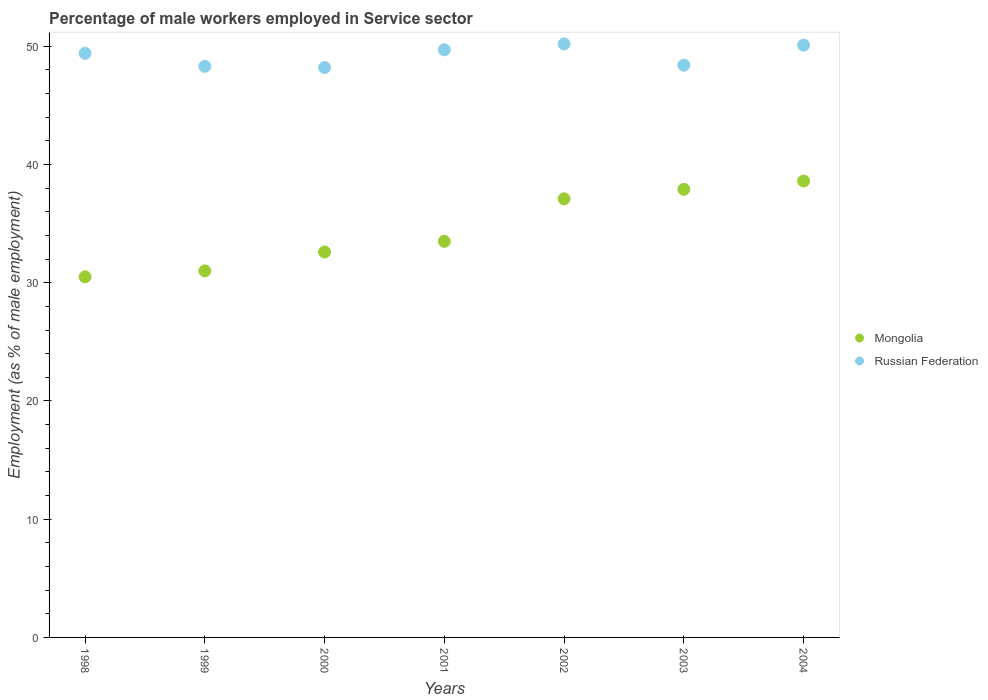
| Years | Mongolia | Russian Federation |
 | --- | --- | --- |
 | 1998 | 30.5 | 49.4 |
 | 1999 | 31 | 48.3 |
 | 2000 | 32.6 | 48.2 |
 | 2001 | 33.5 | 49.7 |
 | 2002 | 37.1 | 50.2 |
 | 2003 | 37.9 | 48.4 |
 | 2004 | 38.6 | 50.1 |